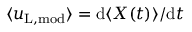
\langle u _ { \mathrm { L , m o d } } \rangle = \mathrm { d } \langle X ( t ) \rangle / \mathrm { d } t